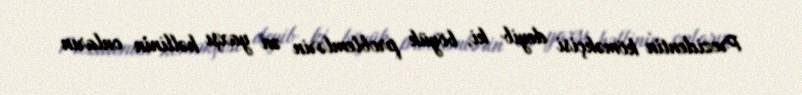
Prezidentin köməkçisi deyib ki, böyük problemlərin ən yaxşı həllinin onların